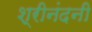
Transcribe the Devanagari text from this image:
श्रीनंदनी